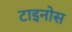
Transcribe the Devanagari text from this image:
टाइनोस